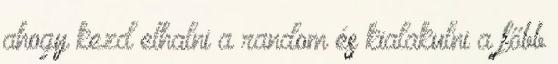
ahogy kezd elhalni a random és kialakulni a főbb